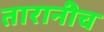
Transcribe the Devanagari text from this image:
तारानीच